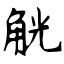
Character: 觥